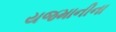
યજમાનીના